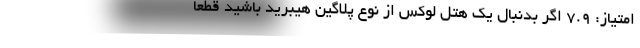
امتیاز: 7.9 اگر بدنبال یک هتل لوکس از نوع پلاگین هیبرید باشید قطعا